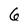
Character: 6